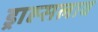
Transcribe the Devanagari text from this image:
ड्राह्सलाव